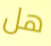
هل